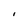
Character: I